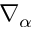
\nabla _ { \alpha }